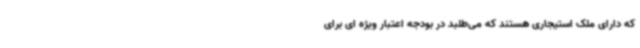
که دارای ملک استیجاری هستند که می‌طلبد در بودجه اعتبار ویژه ای برای